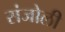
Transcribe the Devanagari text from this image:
संजोली